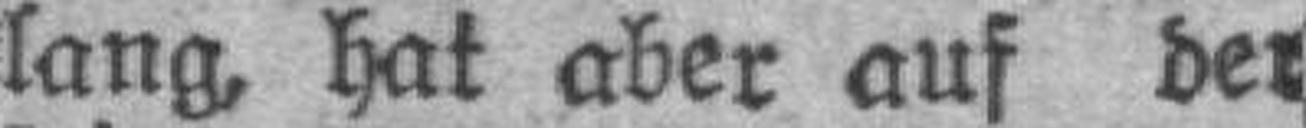
lang, hat aber auf der